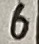
Text: 6